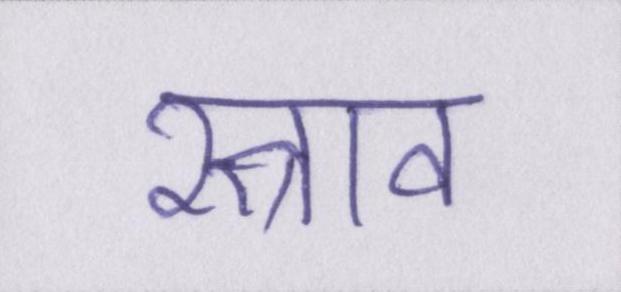
स्त्राव